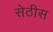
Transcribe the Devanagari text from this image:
सेठीस